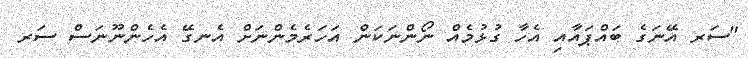
"ސަރ އޭނަގެ ބައްޕައާއި އެހާ ގުޅުމެއް ނޯންނަކަން އަހަރެމެންނަށް އެނގޭ އެހެންނޫނަސް ސަރ